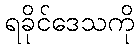
ရခိုင်ဒေသကို